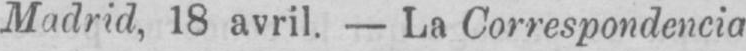
Madrid, 18 avril. - La Correspondencia